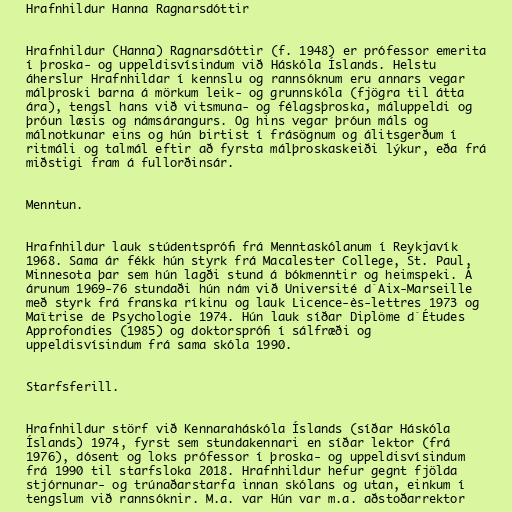
Hrafnhildur Hanna Ragnarsdóttir

Hrafnhildur (Hanna) Ragnarsdóttir (f. 1948) er prófessor emerita
í þroska- og uppeldisvísindum við Háskóla Íslands. Helstu
áherslur Hrafnhildar í kennslu og rannsóknum eru annars vegar
málþroski barna á mörkum leik- og grunnskóla (fjögra til átta
ára), tengsl hans við vitsmuna- og félagsþroska, máluppeldi og
þróun læsis og námsárangurs. Og hins vegar þróun máls og
málnotkunar eins og hún birtist í frásögnum og álitsgerðum í
ritmáli og talmál eftir að fyrsta málþroskaskeiði lýkur, eða frá
miðstigi fram á fullorðinsár.

Menntun.

Hrafnhildur lauk stúdentsprófi frá Menntaskólanum í Reykjavík
1968. Sama ár fékk hún styrk frá Macalester College, St. Paul,
Minnesota þar sem hún lagði stund á bókmenntir og heimspeki. Á
árunum 1969-76 stundaði hún nám við Université d´Aix-Marseille
með styrk frá franska ríkinu og lauk Licence-ès-lettres 1973 og
Maîtrise de Psychologie 1974. Hún lauk síðar Diplôme d´Études
Approfondies (1985) og doktorsprófi í sálfræði og
uppeldisvísindum frá sama skóla 1990.

Starfsferill.

Hrafnhildur störf við Kennaraháskóla Íslands (síðar Háskóla
Íslands) 1974, fyrst sem stundakennari en síðar lektor (frá
1976), dósent og loks prófessor í þroska- og uppeldisvísindum
frá 1990 til starfsloka 2018. Hrafnhildur hefur gegnt fjölda
stjórnunar- og trúnaðarstarfa innan skólans og utan, einkum í
tengslum við rannsóknir. M.a. var Hún var m.a. aðstoðarrektor